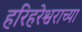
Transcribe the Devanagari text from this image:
हरिहरेश्वराच्या